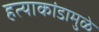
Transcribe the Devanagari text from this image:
हत्याकांडामुळे